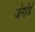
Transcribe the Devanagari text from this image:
जेर्रार्ड